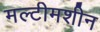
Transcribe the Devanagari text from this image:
मल्टीमशीन